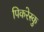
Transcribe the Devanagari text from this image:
पिकरेस्कु